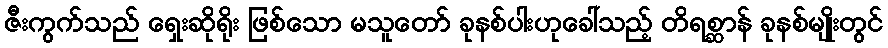
ဇီးကွက်သည် ရှေးဆိုရိုး ဖြစ်သော မသူတော် ခုနစ်ပါးဟုခေါ်သည့် တိရစ္ဆာန် ခုနစ်မျိုးတွင်